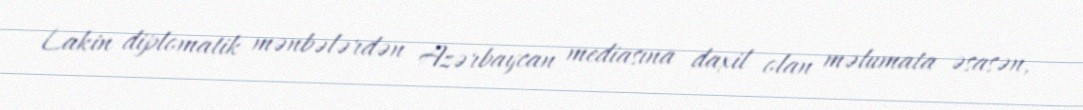
Lakin diplomatik mənbələrdən Azərbaycan mediasına daxil olan məlumata əsasən,